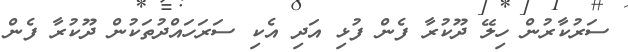
ސަރުކާރުން ހިލޭ ދޫކުރާ ފެން ފުޅި އަދި އެކި ސަރަހައްދުތަކުން ދޫކުރާ ފެން